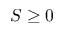
S \geq 0